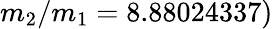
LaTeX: m_{2}/m_{1}=8.88024337)